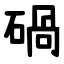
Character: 碢